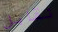
نقابل